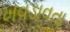
ખવડાવતા